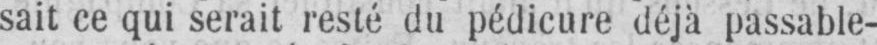
sait ce qui serait resté du pédicure déjà passable-